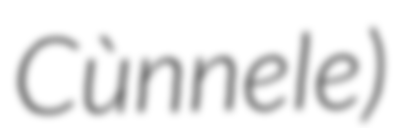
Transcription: Cùnnele)